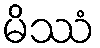
မိဿံ